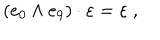
\left( e _ { 0 } \wedge e _ { 9 } \right) \cdot \varepsilon = \varepsilon ~ ,